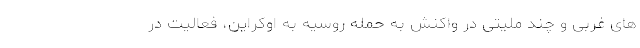
های غربی و چند ملیتی در واکنش به حمله روسیه به اوکراین، فعالیت در